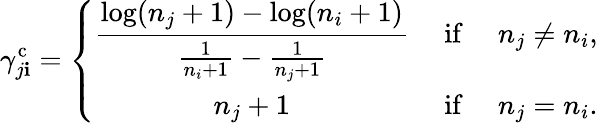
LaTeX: \gamma_{j\mathbf{i}}^{\mathrm{{c}}}=\left\{ \begin{array}{ccl}{\displaystyle\frac{\log(n_{j}+1)-\log(n_{i}+1)}{\frac{1}{n_{i}+1}-\frac{1}{n_{j}+1}}}&{\mathrm{~if~}}&{n_{j}\not=n_{i},}\\ {n_{j}+1}&{\mathrm{~if~}}&{n_{j}=n_{i}.}\end{array}\right.